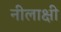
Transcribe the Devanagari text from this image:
नीलाक्षी